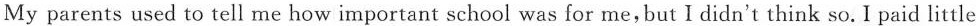
My parents used to tell me how important school was for me,but I didn't think so. I paid little